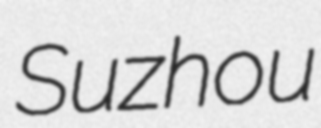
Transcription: Suzhou